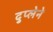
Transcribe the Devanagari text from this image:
दुप्लेने